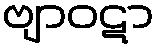
ဗျာဝဋာ